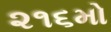
૨૧૬મો